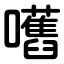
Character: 嚿